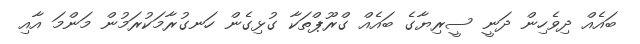
ބައެއް ދިވެހިން ދަނީ ސީރިޔާގެ ބައެއް ގްރޫޕްތަކާ ގުޅިގެން ހަނގުރާމަކުރަމުން މަންމަ އާއި